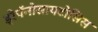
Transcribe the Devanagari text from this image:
ड्रेपॅनोसायटोसिस